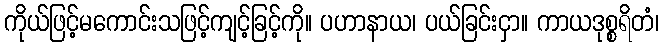
ကိုယ်ဖြင့်မကောင်းသဖြင့်ကျင့်ခြင့်ကို။ ပဟာနာယ၊ ပယ်ခြင်းငှာ။ ကာယဒုစ္စရိတံ၊